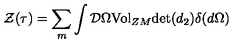
{ \cal { Z } } ( \tau { } ) = \sum _ { m } \int { \cal { D } } \Omega { \mathrm { V o l } } _ { Z M } { \mathrm { d e t } } ( d _ { 2 } ) \delta { } ( d \Omega { } )